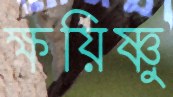
ক্ষয়িষ্ণু